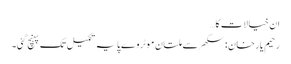
ان خیالات کا…
رحیم یارخان :سکھر سے ملتان موٹروے پایہ تکمیل تک پہنچ گئی۔